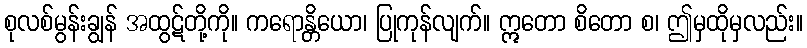
စုလစ်မွန်းချွန် အထွဋ်တို့ကို။ ကရောန္တိယော၊ ပြုကုန်လျက်။ ဣတော စိတော စ၊ ဤမှထိုမှလည်း။